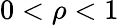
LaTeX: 0<\rho<1